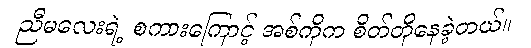
ညီမလေးရဲ့ စကားကြောင့် အစ်ကိုက စိတ်တိုနေခဲ့တယ်။